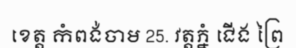
ខេត្ត កំពង់ចាម 25. វត្តភ្នំ ជើង ព្រៃ